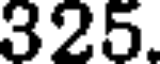
325.